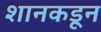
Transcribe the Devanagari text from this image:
शानकडून